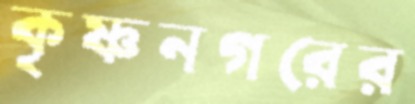
কৃষ্ণনগরের